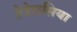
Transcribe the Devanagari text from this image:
हेडेरासिया